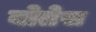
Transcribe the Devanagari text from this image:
बोतेस